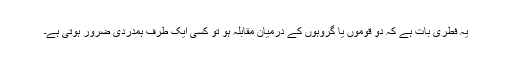
یہ فطری بات ہے کہ دو قوموں یا گروہوں کے درمیان مقابلہ ہو تو کسی ایک طرف ہمدردی ضرور ہوتی ہے۔